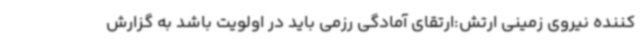
کننده نیروی زمینی ارتش:ارتقای آمادگی رزمی باید در اولویت باشد به گزارش